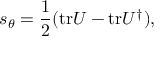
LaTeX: s _ { \theta } = \frac { 1 } { 2 } ( \mathrm { t r } U - \mathrm { t r } U ^ { \dag } ) ,